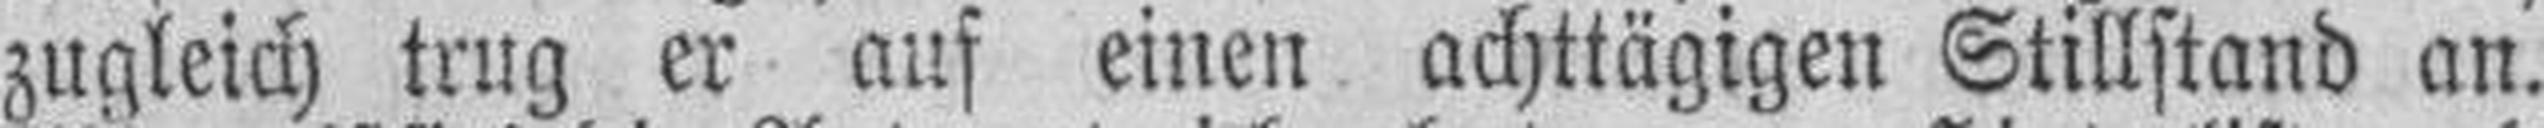
zugleich trug er auf einen achttägigen Stillstand an.